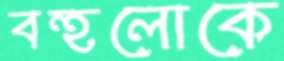
বহুলোকে